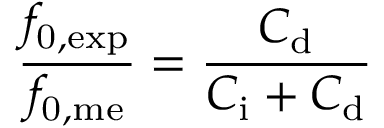
\frac { f _ { \mathrm { 0 , e x p } } } { f _ { \mathrm { 0 , m e } } } = \frac { C _ { \mathrm { d } } } { C _ { \mathrm { i } } + C _ { \mathrm { d } } }